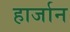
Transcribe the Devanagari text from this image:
हार्जान